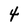
Character: 4